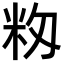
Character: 𥸼